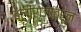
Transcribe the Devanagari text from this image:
बलीराजावरून